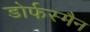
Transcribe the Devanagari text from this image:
डोर्फस्मैन